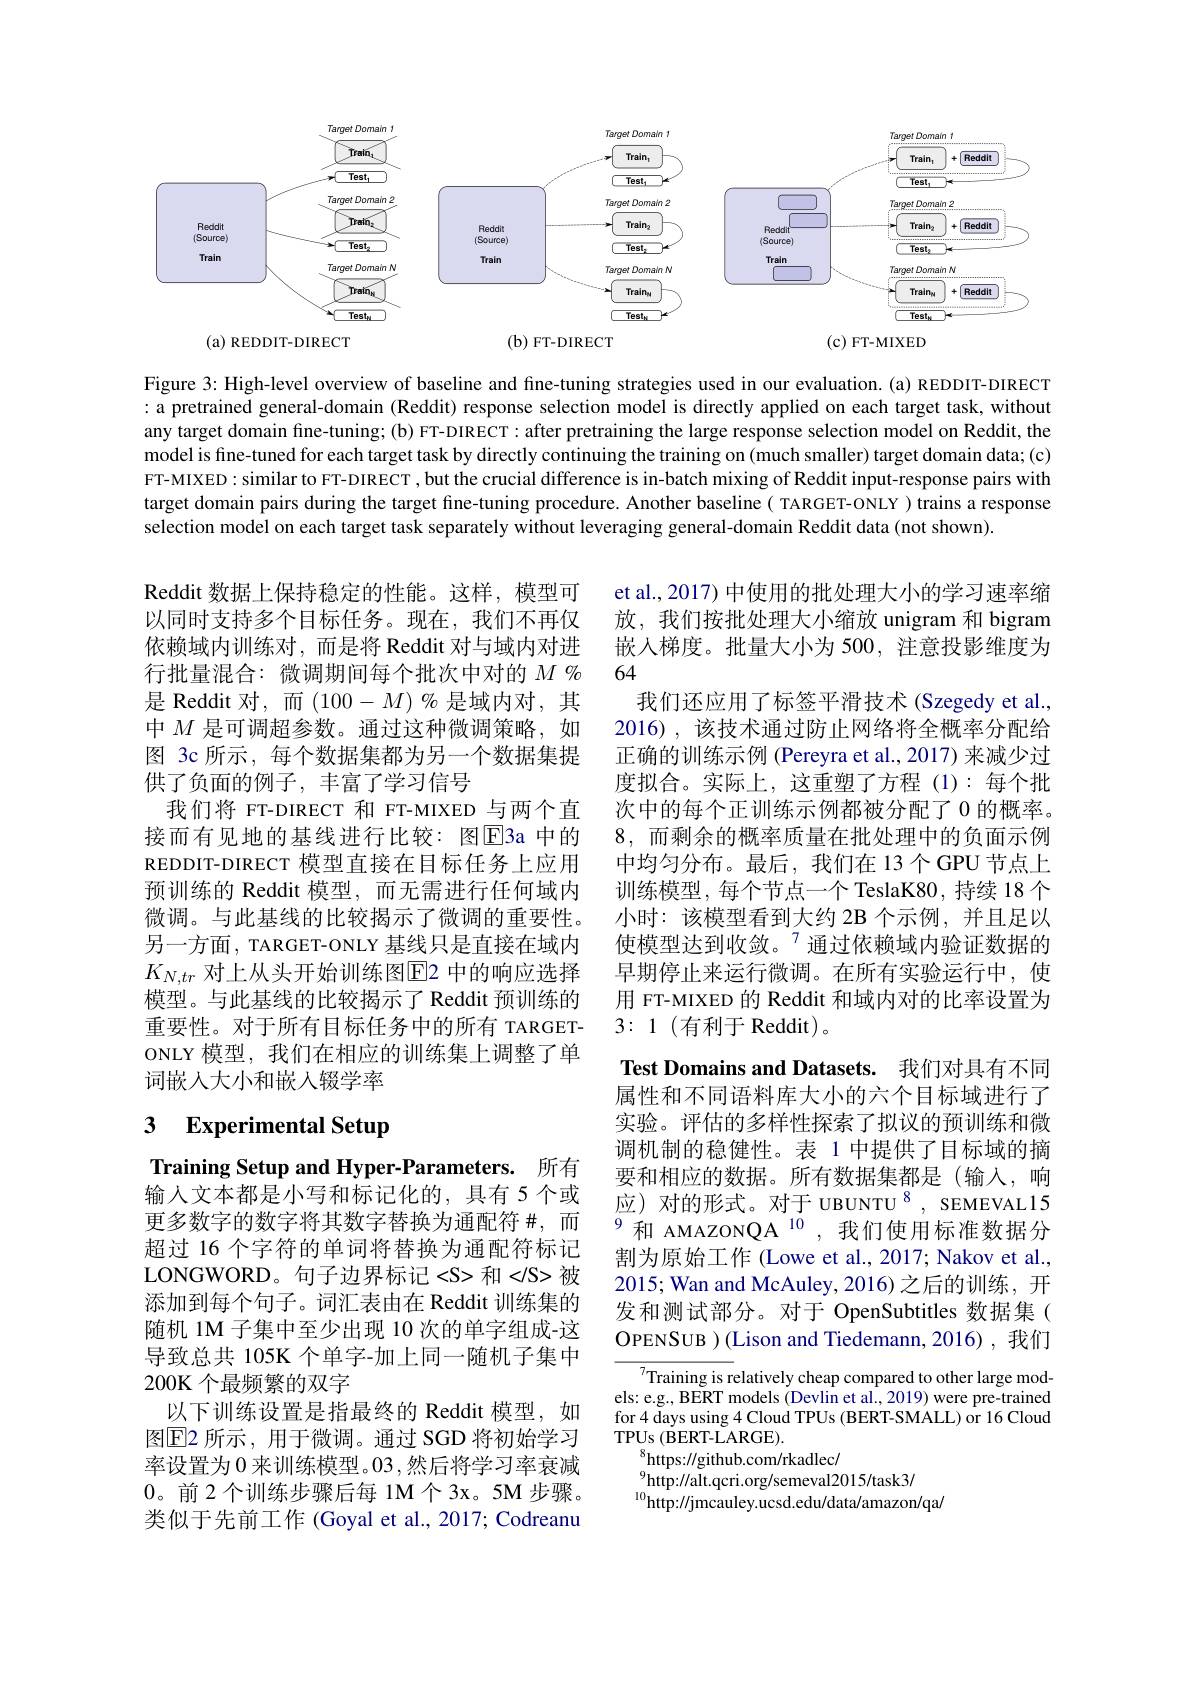
<FigureHere>

Figure 3: High-level overview of baseline and fine-tuning strategies used in our evaluation.(a) REDDIT-DIRECT : a pretrained general-domain (Reddit) response selection model is directly applied on each target task, without any target domain fine-tuning; (b) FT-DIRECT: after pretraining the large response selection model on Reddit, the model is fine-tuned for each target task by directly continuing the training on (much smaller) target domain data;(c) FT-MIXED: similar to FT-DIRECT , but the crucial difference is in-batch mixing of Reddit input-response pairs with target domain pairs during the target fine-tuning procedure. Another baseline( TARGET-ONLY) trains a response selection model on each target task separately without leveraging general-domain Reddit data (not shown).

et al., 2017) 中使用的批处理大小的学习速率缩放，我们按批处理大小缩放 unigram 和 bigram 嵌入梯度。批量大小为 500, 注意投影维度为64
我们还应用了标签平滑技术(Szegedy et al., 2016),该技术通过防止网络将全概率分配给正确的训练示例 (Pereyra et al.,2017) 来减少过度拟合。实际上，这重塑了方程(1):每个批次中的每个正训练示例都被分配了 0 的概率。8,而剩余的概率质量在批处理中的负面示例中均匀分布。最后，我们在 13个GPU 节点上训练模型，每个节点一个 TeslaK80, 持续 18 个小时：该模型看到大约 2B 个示例，并且足以使模型达到收敛。$^{7}$通过依赖域内验证数据的早期停止来运行微调。在所有实验运行中，使用 FT-MIXED 的 Reddit 和域内对的比率设置为3:1(有利于 Reddit)。

Reddit 数据上保持稳定的性能。这样，模型可以同时支持多个目标任务。现在，我们不再仅依赖域内训练对，而是将 Reddit 对与域内对进行批量混合：微调期间每个批次中对的$M\%$ 是 Reddit 对，而(100-M)% 是域内对，其中$M$是可调超参数。通过这种微调策略，如图 3c 所示，每个数据集都为另一个数据集提供了负面的例子，丰富了学习信号
我们将 FT-DIRECT 和 FT-MIXED 与两个直接而有见地的基线进行比较：图E3a 中的REDDIT-DIRECT 模型直接在目标任务上应用预训练的 Reddit 模型，而无需进行任何域内微调。与此基线的比较揭示了微调的重要性。另一方面，TARGET-ONLY 基线只是直接在域内$K_{N,tr}$对上从头开始训练图E2 中的响应选择模型。与此基线的比较揭示了 Reddit 预训练的重要性。对于所有目标任务中的所有 TARGETONLY 模型，我们在相应的训练集上调整了单词嵌人大小和嵌入辍学率

# 3 Experimental Setup

Test Domains and Datasets. 我们对具有不同属性和不同语料库大小的六个目标域进行了实验。评估的多样性探索了拟议的预训练和微调机制的稳健性。表 1 中提供了目标域的摘要和相应的数据。所有数据集都是(输入，响应)对的形式。对于 UBUNTU $^{8}$, SEMEVAL15 $^{9}$和 AMAZONQA$^{10}$,我们使用标准数据分割为原始工作 (Lowe et al., 2017; Nakov et al., 2015; Wan and McAuley, 2016)之后的训练，开发和测试部分。对于 OpenSubtitles 数据集( OPENSUB )(Lison and Tiedemann,2016),我们

Training Setup and Hyper-Parameters. 所有输入文本都是小写和标记化的，具有 5 个或更多数字的数字将其数字替换为通配符#,而超过 16 个字符的单词将替换为通配符标记LONGWORD。句子边界标记<S> 和</S> 被添加到每个句子。词汇表由在 Reddit 训练集的随机 1M 子集中至少出现 10 次的单字组成-这导致总共 105K 个单字-加上同一随机子集中200K 个最频繁的双字
以下训练设置是指最终的 Reddit 模型，如图$\overline{\mathrm{E}}$2 所示，用于微调。通过 SGD 将初始学习率设置为 0 来训练模型。03 ,然后将学习率衰减0。前2个训练步骤后每 1M个3x。5M步骤。类似于先前工作 (Goyal et al., 2017; Codreanu

Training is relatively cheap compared to other large models: e.g., BERT models (Devlin et al., 2019) were pre-trained for 4 days using 4 Cloud TPUs (BERT-SMALL) or 16 Cloud TPUs $(\tilde{\mathbf{B}}ERT-\tilde{\mathbf{L}}ARGE).$
$^{8}$https://github.com/rkadlec/
${}_{0}^{9}$http://alt.qcri.org/semeval2015/task3/
$^{10}$http://jmcauley.ucsd.edu/data/amazon/qa/